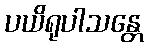
ပယိရုပါသန္တေ